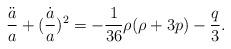
LaTeX: \begin{align*}\frac{\ddot a}{a}+(\frac{\dot a}{a})^2=-\frac{1}{36}\rho (\rho+3p) -\frac{q}{3}.\end{align*}